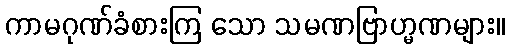
ကာမဂုဏ်ခံစားကြ သော သမဏဗြာဟ္မဏများ။